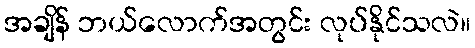
အချိန် ဘယ်လောက်အတွင်း လုပ်နိုင်သလဲ။